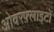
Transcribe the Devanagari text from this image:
ओवरफ़्लाइटों